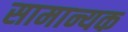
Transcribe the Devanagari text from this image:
सामान्यक